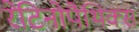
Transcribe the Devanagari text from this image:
रेटिनोपैथिक्स